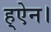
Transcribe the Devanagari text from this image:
ह्ऐन।